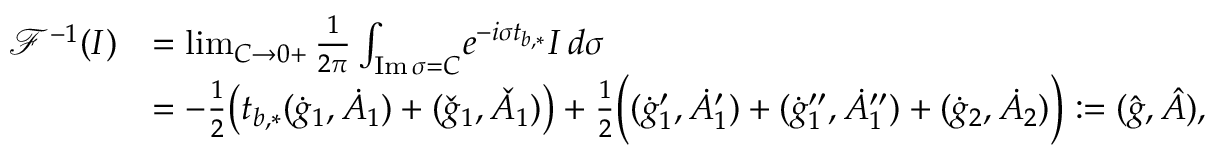
\begin{array} { r l } { \mathcal { F } ^ { - 1 } ( \MakeUppercase { \romannumeral 1 } ) } & { = \operatorname* { l i m } _ { C \to 0 + } \frac { 1 } { 2 \pi } \int _ { \mathrm { I m \, } \sigma = C } \! e ^ { - i \sigma t _ { b , * } } \MakeUppercase { \romannumeral 1 } \, d \sigma } \\ & { = - \frac { 1 } { 2 } \big ( t _ { b , * } ( \dot { g } _ { 1 } , \dot { A } _ { 1 } ) + ( \check { g } _ { 1 } , \check { A } _ { 1 } ) \big ) + \frac { 1 } { 2 } \Big ( ( \dot { g } _ { 1 } ^ { \prime } , \dot { A } _ { 1 } ^ { \prime } ) + ( \dot { g } _ { 1 } ^ { \prime \prime } , \dot { A } _ { 1 } ^ { \prime \prime } ) + ( \dot { g } _ { 2 } , \dot { A } _ { 2 } ) \Big ) : = ( \hat { g } , \hat { A } ) , } \end{array}